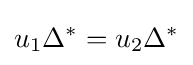
u_{1}\Delta ^{*}=u_{2}\Delta ^{*}